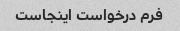
فرم درخواست اینجاست